Vaccination in the Punjab 1897-1904 - 1897-1904
Year: 1897
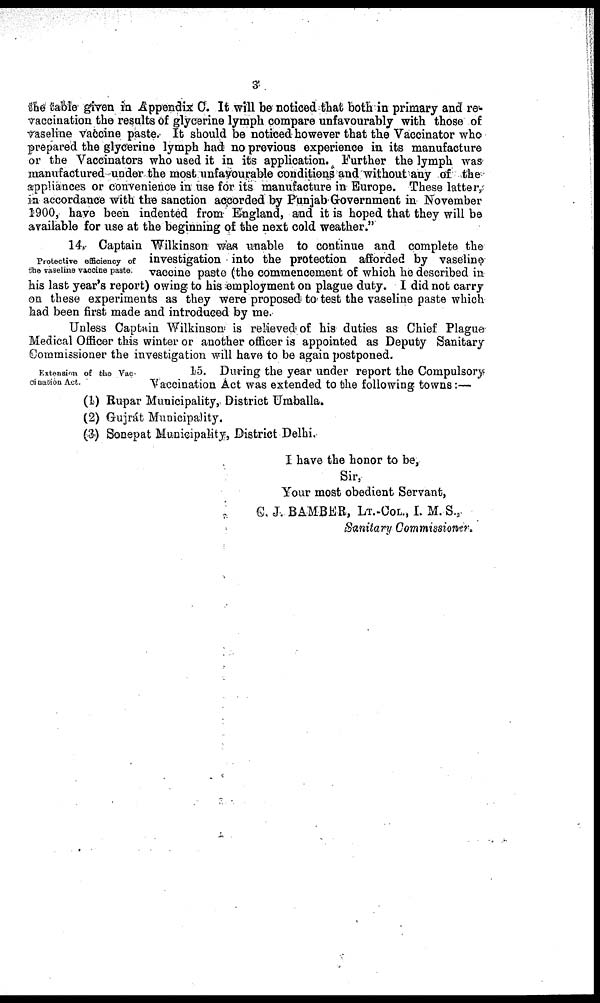
3
the table given in Appendix C. It will be noticed that both in primary and re¬
vaccination the results of glycerine lymph compare unfavourably with those of
vaseline vaccine paste. It should be noticed however that the Vaccinator who
prepared the glycerine lymph had no previous experience in its manufacture
or the Vaccinators who used it in its application. Further the lymph was
manufactured under the most unfavourable conditions and without any of the
appliances or convenience in use for its manufacture in Europe. These latter,
in accordance with the sanction accorded by Punjab Government in November
1900, have been indented from England, and it is hoped that they will be
available for use at the beginning of the next cold weather."
Protective efficiency of
the vaseline vaccine paste.
14. Captain Wilkinson was unable to continue and complete the
investigation into the protection afforded by vaseline
vaccine paste (the commencement of which he described in
his last year's report) owing to his employment on plague duty. I did not carry
on these experiments as they were proposed to test the vaseline paste which
had been first made and introduced by me.
Unless Captain Wilkinson is relieved of his duties as Chief Plague
Medical Officer this winter or another officer is appointed as Deputy Sanitary
Commissioner the investigation will have to be again postponed.
Extension of the Vac¬
cination Act.
15. During the year under report the Compulsory
Vaccination Act was extended to the following towns:—
(1) Rupar Municipality, District Umballa.
(2) Gujrát Municipality.
(3) Sonepat Municipality, District Delhi.
I have the honor to be,
Sir,
Your most obedient Servant,
C. J. BAMBER, LT.-COL., I. M. S
Sanitary Commissioner.